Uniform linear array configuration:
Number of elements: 64
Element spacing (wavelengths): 1
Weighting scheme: hamming
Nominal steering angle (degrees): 45
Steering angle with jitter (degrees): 43.767
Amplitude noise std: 0.05
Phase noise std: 0.05

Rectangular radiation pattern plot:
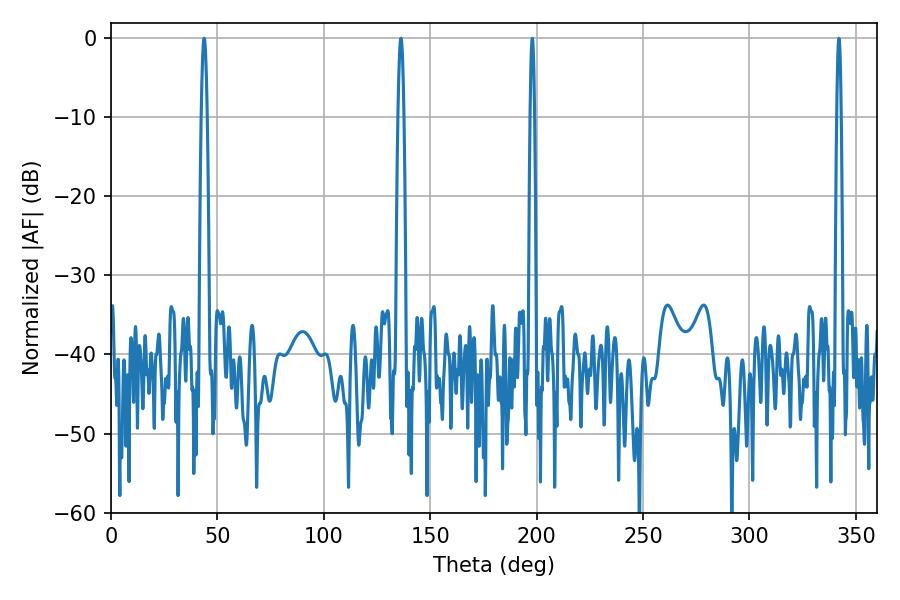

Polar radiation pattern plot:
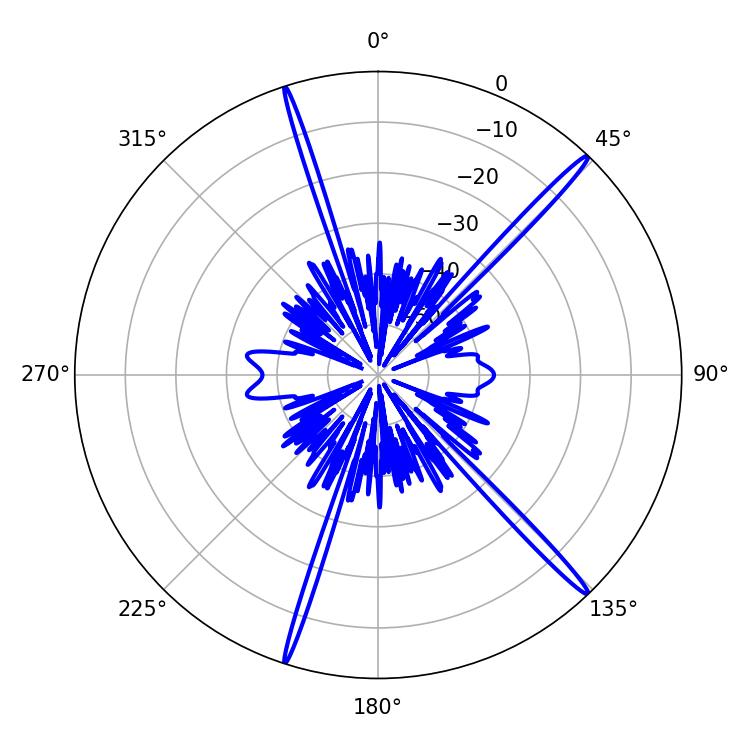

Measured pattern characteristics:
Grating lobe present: TRUE
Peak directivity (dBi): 18.645
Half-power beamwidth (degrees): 1.44
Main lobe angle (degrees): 43.74